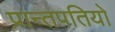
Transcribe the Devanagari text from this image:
प्रान्तपतियो